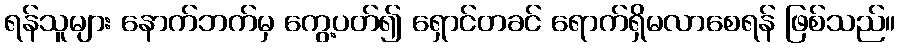
ရန်သူများ နောက်ဘက်မှ ကွေ့ပတ်၍ ရှောင်တခင် ရောက်ရှိမလာစေရန် ဖြစ်သည်။